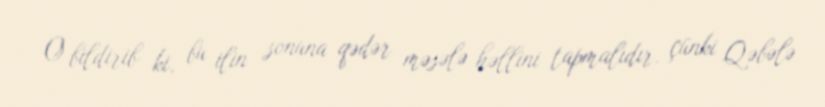
O bildirib ki, bu ilin sonuna qədər məsələ həllini tapmalıdır, çünki Qəbələ